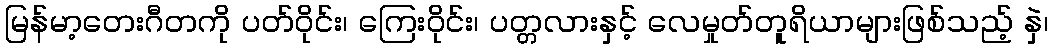
မြန်မာ့တေးဂီတကို ပတ်ဝိုင်း၊ ကြေးဝိုင်း၊ ပတ္တလားနှင့် လေမှုတ်တူရိယာများဖြစ်သည့် နှဲ၊